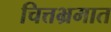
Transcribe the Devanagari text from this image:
चित्तभ्रमात